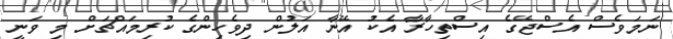
ނަމަވެސް އެސްޖޭގެ އިސްތިހާރާ އެކު އޭނާ އަލުން ދިވެހިންގެ ކުރިމައްޗަށް މި ވަނީ